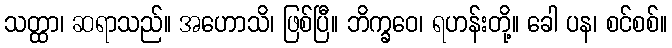
သတ္ထာ၊ ဆရာသည်။ အဟောသိ၊ ဖြစ်ပြီ။ ဘိက္ခဝေ၊ ရဟန်းတို့။ ခေါ ပန၊ စင်စစ်။